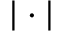
| \cdot |